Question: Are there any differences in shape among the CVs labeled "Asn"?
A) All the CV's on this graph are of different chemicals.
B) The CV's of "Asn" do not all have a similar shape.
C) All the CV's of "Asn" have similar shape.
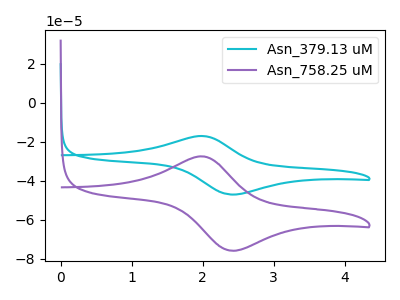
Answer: <think>The cyan curve "Asn_379.13 uM" has an anodic peak at (1.95V, -17.05uA) and a cathodic peak at (2.40V, -47.00uA). The purple curve "Asn_758.25 uM" has an anodic peak at (1.95V, -27.45uA) and a cathodic peak at (2.40V, -75.75uA).
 All the peaks in "Asn_379.13 uM" have a peak in "Asn_758.25 uM" at the same potential.</think>
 <answer>C) All the CV's of "Asn" have similar shape.</answer>
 <eval>C</eval>